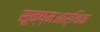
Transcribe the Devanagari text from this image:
सूक्ष्मआर्थिक